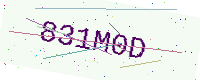
Text: 831M0D